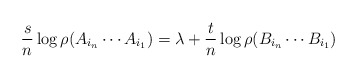
\begin{align*}\frac{s}{n}\log \rho(A_{i_n}\cdots A_{i_1}) = \lambda + \frac{t}{n}\log \rho(B_{i_n}\cdots B_{i_1}) \end{align*}